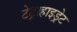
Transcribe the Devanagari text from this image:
टेट्राहाइड्रेट